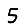
Digit: 5